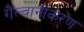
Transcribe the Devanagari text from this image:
गैल्वानीकरण